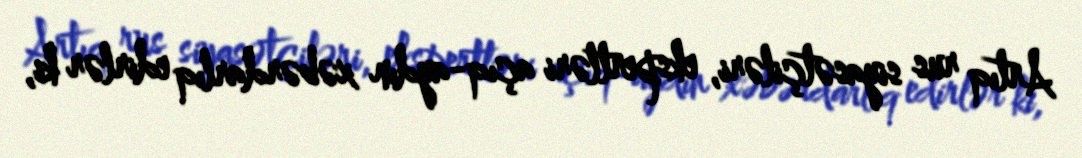
Artıq rus siyasətçiləri, ekspertləri açıq-aydın xəbərdarlıq edirlər ki,